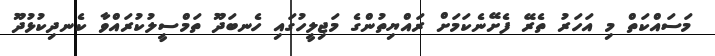
މަސައްކަތް މި އަހަރު ތެރޭ ފެށޭނެކަމަށް ރައްޔިތުންގެ މަޖިލީހުގައި ހެނބަދޫ ތަމްސީލުކުރައްވާ ކެނދިކުޅުދޫ